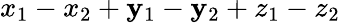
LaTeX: x_{1}-x_{2}+\mathbf{y}_{1}-\mathbf{y}_{2}+z_{1}-z_{2}